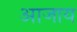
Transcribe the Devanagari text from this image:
आजाय